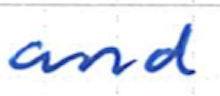
Text: and
Cross-out: clean
Writing tool: ballpoint